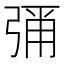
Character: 𭚶